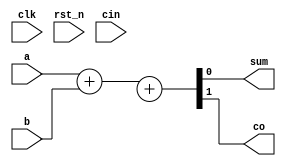
module test(input clk,input rst_n,input a,input b,input cin,output sum,output co);

assign {co,sum}=a+b+ci;

endmodule